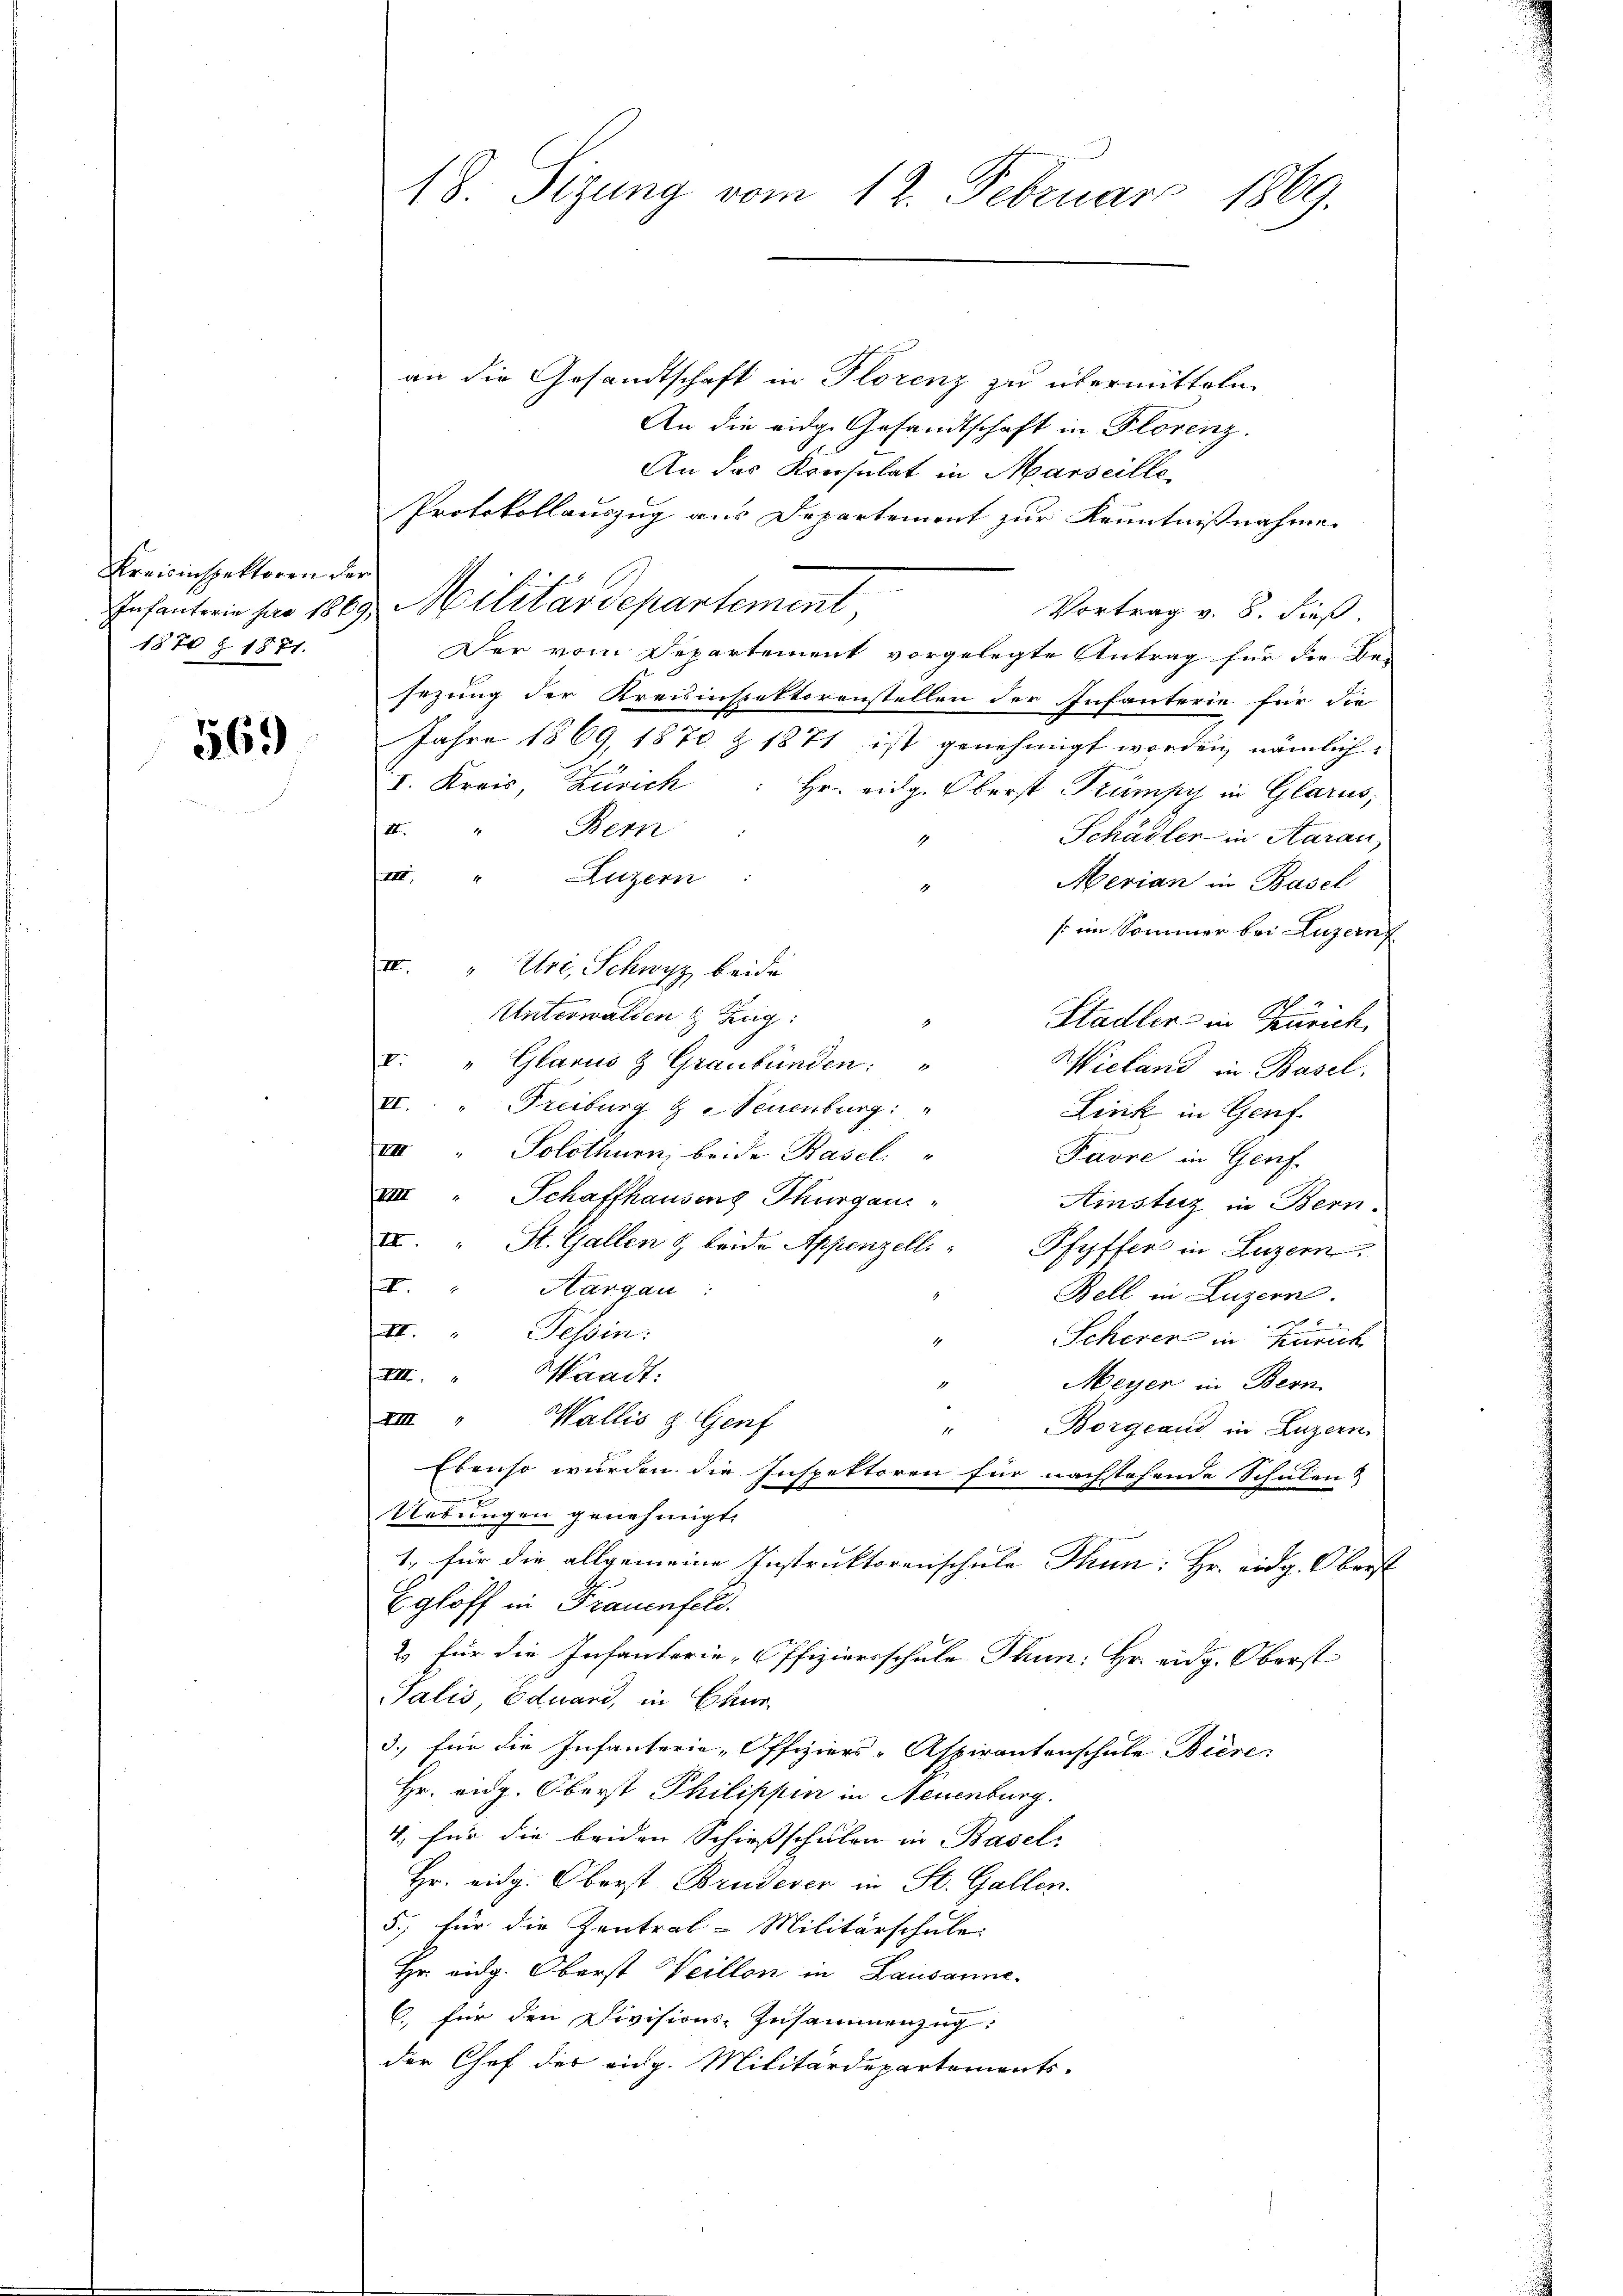
Kreisinspektoren der
1874 § 1871.

569)

18. Sizung vom 12. Februar
M.

an die Gesandtschaft in Florenz zu übermitteln
An die eidge Gesandtschaft in Florenz.
An das Konsulat in Marseille
Protokollauszug aus Departement zur Kenntnißnahme.
Infanterie har 1869 Militärdepartement,
Vortrag v. 8. dieß.
Der vom Departement vorgelegte Antrag für die Be-
sezung der Kreisinspektorenstellen der Infanterie für die
Jahre 1869, 1870 & 1871 ist genehmigt worden, nämlich
I. Kreis, Zürich
Hr. eidg. Oberst Trümpy in Glarus,
II.
Bern
Schädler in Aarau
III. " Luzern
Merian in Basel
s im Sommer bei Luzern
II. " Uri, Schwyz beide
Unterwalden & Zug:
Stadler in Zürich.
I. " Glarus & Graubünden: "
Wieland in Basel.
VI. " Freiburg   Neuenburg: "
Lirik in Genf.
VII " Solothurn, beide Basel
Pavre in Genf.
VIII Schaffhausens Thurgaus
Ainsturz in Bern.
I St. Gallen & beide Appenzelli - Pfyffer in Luzern
I. " Hangau:
Bell in Luzern.
II.“ Tessin:
Scherer in Zürich
XIII.
Waadt:
Meyer in Bern.
XIII " Wallis z. Genf
" Borgeaud in Luzern
Ebenso wurden die Inspektoren für nachstehende Schulen &

Uebungen genehmigt.
1., für die allgemeine Instruktorenschule Thun: Hr. eidg. Oberst
Egloff in Frauenfeld.
2 für die Infanterie-Offiziersschule Thun: Hr. eidg. Oberst
Salis, Eduard, in Chur
3.) für die Infanterie-Offiziers-Aspirantenschule Biere
Hr. eidg. Oberst Philippen in Neuenburg.
4, für die beiden Schießschulen in Basel-
Hr. eidg. Oberst Bruderer in St. Gallen.
5.) für die Zentral-Militärschule:
Hr. eidg. Oberst Weillon in Lausanne.
C. für den Divisions Zusammenzug:
der Chef des eidg. Militärdepartements.